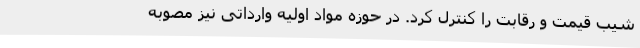
شیب قیمت و رقابت را کنترل کرد. در حوزه مواد اولیه وارداتی نیز مصوبه